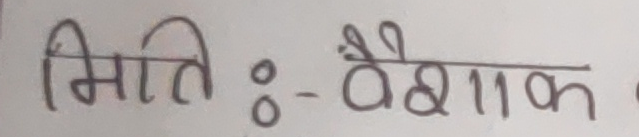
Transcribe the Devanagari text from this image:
मिति :- वैशाख